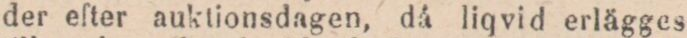
der efter auktionsdagen, då liqvid erlägges